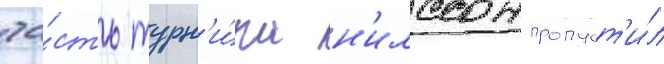
ча́сть турн'и́ра н'илссон пропуст'и́л